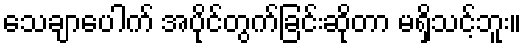
သေချာပေါက် အပိုင်တွက်ခြင်းဆိုတာ မရှိသင့်ဘူး။